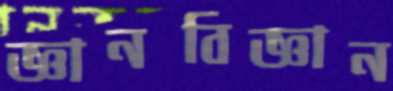
জ্ঞানবিজ্ঞান